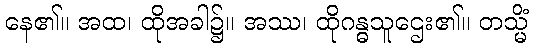
နေ၏။ အထ၊ ထိုအခါ၌။ အဿ၊ ထိုဂန္ဓသူဌေး၏။ တသ္မိံ